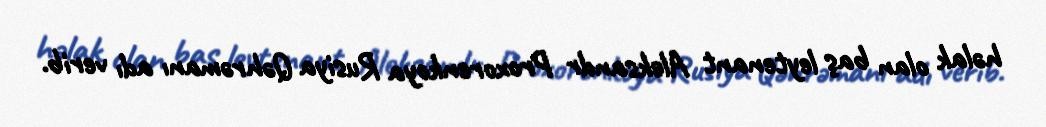
həlak olan baş leytenant Aleksandr Proxorenkoya Rusiya Qəhrəmanı adı verib.